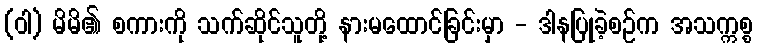
(ဝါ) မိမိ၏ စကားကို သက်ဆိုင်သူတို့ နားမထောင်ခြင်းမှာ - ဒါနပြုခဲ့စဉ်က အသက္ကစ္စ